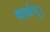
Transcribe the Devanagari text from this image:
कार्यम्।